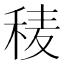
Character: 𥟀